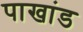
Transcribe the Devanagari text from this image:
पाखांड